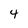
Character: 4